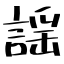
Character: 謡